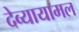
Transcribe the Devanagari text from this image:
देव्यायामल